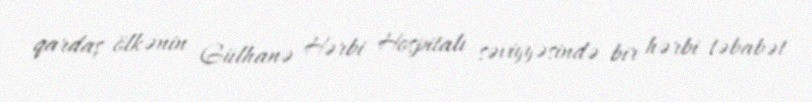
qardaş ölkənin Gülhanə Hərbi Hospitalı səviyyəsində bir hərbi təbabət